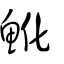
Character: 魤